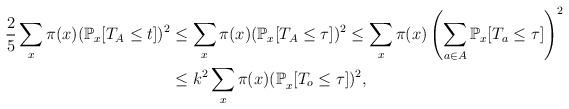
LaTeX: \begin{align*}\frac 25 \sum_x \pi(x)(\mathbb{P}_x[T_A \le t])^{2} & \le \sum_x \pi(x)(\mathbb{P}_x[T_A \le \tau])^{2} \le \sum_x \pi(x)\left(\sum_{a \in A} \mathbb{P}_x[T_a \le \tau]\right)^{2} \\ & \le k^{2}\sum_x \pi(x) \mathbb{(P}_x[T_o \le \tau])^{2},\end{align*}